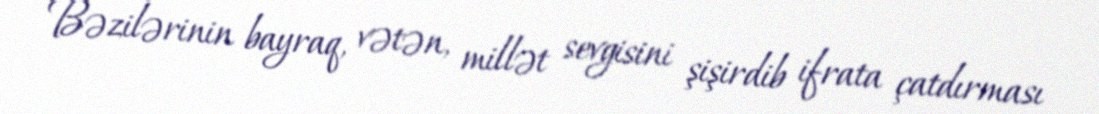
Bəzilərinin bayraq, vətən, millət sevgisini şişirdib ifrata çatdırması